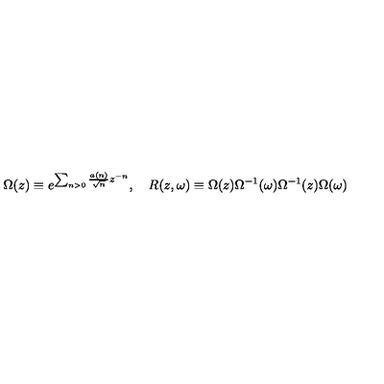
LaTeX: \Omega ( z ) \equiv e ^ { \sum _ { n > 0 } \frac { a ( n ) } { \sqrt { n } } z ^ { - n } } , \quad R ( z , \omega ) \equiv \Omega ( z ) \Omega ^ { - 1 } ( \omega ) \Omega ^ { - 1 } ( z ) \Omega ( \omega )